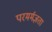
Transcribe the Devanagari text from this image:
परमर्मज्ञता